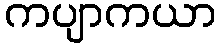
ကပျာကယာ